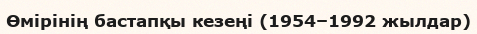
Өмірінің бастапқы кезеңі (1954–1992 жылдар)